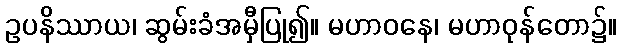
ဥပနိဿာယ၊ ဆွမ်းခံအမှီပြု၍။ မဟာဝနေ၊ မဟာဝုန်တော၌။